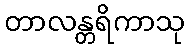
တာလန္တရိကာသု